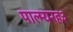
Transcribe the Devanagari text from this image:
पाल्म्यरह३